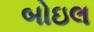
બોઇલ